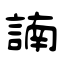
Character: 諵